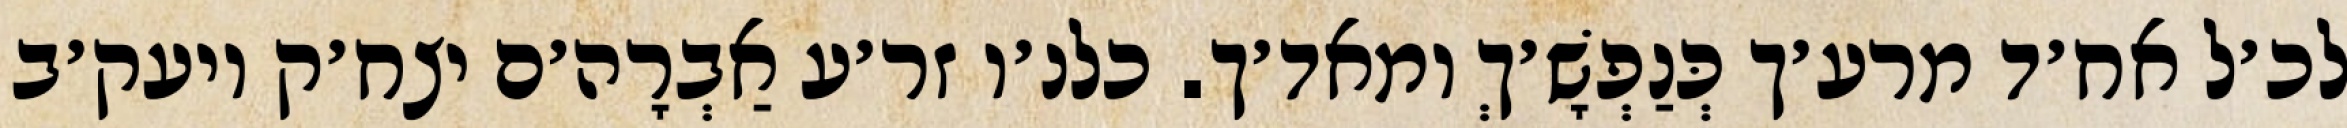
לכ׳ל אח׳ד מרע׳ך כְּנַפְשָׁ׳ךְ ומאד׳ך. כלנ׳ו זר׳ע אַבְרָה׳ם יצח׳ק ויעק׳ב